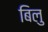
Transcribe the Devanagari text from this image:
बिलु